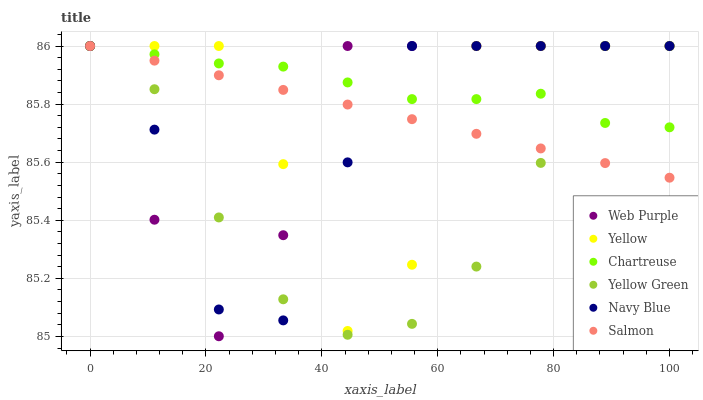
| xaxis_label | Web Purple | Yellow | Chartreuse | Yellow Green | Navy Blue | Salmon |
 | --- | --- | --- | --- | --- | --- | --- |
 | 0 | 86 | 86 | 86 | 86 | 86 | 86 |
 | 11.1 | 85.4 | 86 | 86 | 85.9 | 85.7 | 85.9 |
 | 22.2 | 85 | 86 | 85.9 | 85.4 | 85.1 | 85.9 |
 | 33.3 | 85.3 | 85.6 | 85.9 | 85.1 | 85.1 | 85.8 |
 | 44.4 | 86 | 85 | 85.9 | 85 | 85.6 | 85.8 |
 | 55.6 | 86 | 85.2 | 85.8 | 85 | 86 | 85.7 |
 | 66.7 | 86 | 86 | 85.8 | 85.2 | 86 | 85.7 |
 | 77.8 | 86 | 86 | 85.8 | 85.6 | 86 | 85.6 |
 | 88.9 | 86 | 86 | 85.7 | 86 | 86 | 85.6 |
 | 100 | 86 | 86 | 85.7 | 86 | 86 | 85.5 |